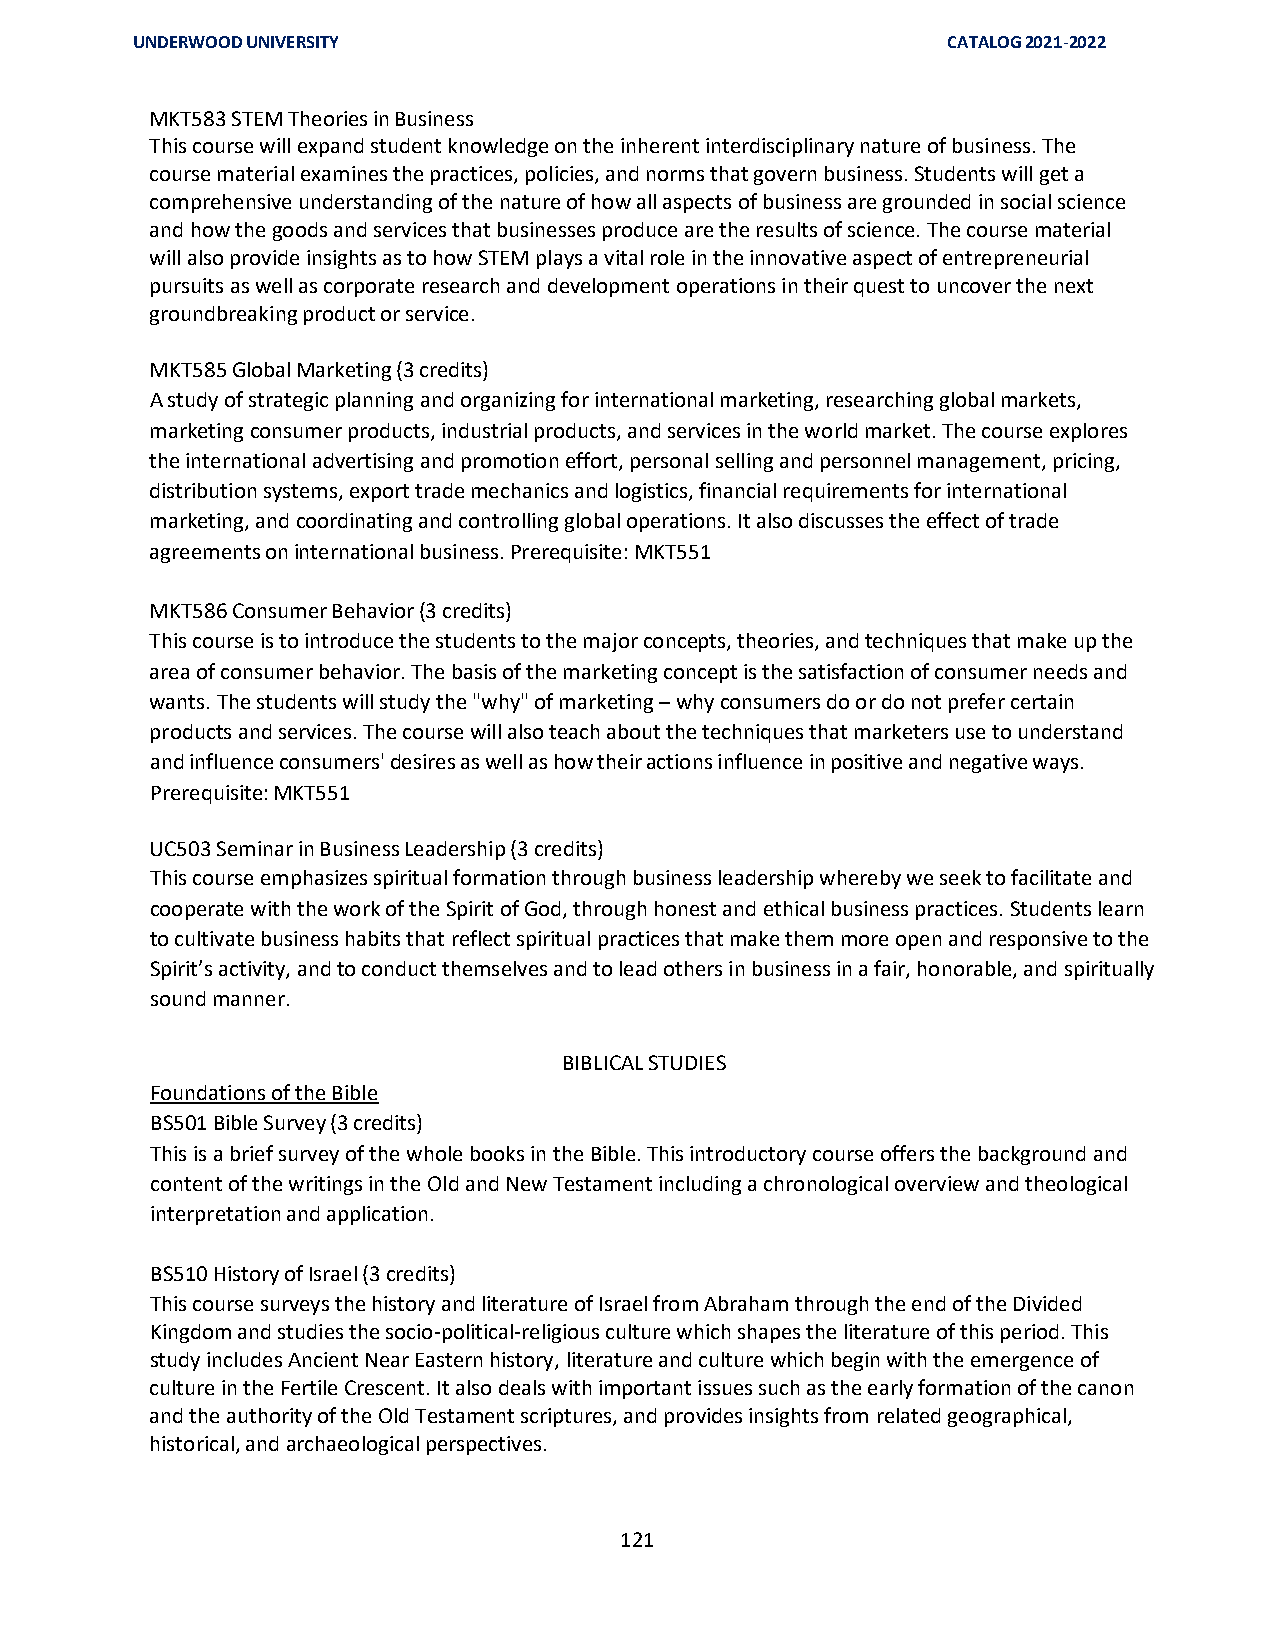
UNDERWOOD UNIVERSITY                                  CATALOG 2021-2022
 MKT583 STEM Theories in Business
 This course will expand student knowledge on the inherent interdisciplinary nature of business. The
 course material examines the practices, policies, and norms that govern business. Students will get a
 comprehensive understanding of the nature of how all aspects of business are grounded in social science
 and how the goods and services that businesses produce are the results of science. The course material
 will also provide insights as to how STEM plays a vital role in the innovative aspect of entrepreneurial
 pursuits as well as corporate research and development operations in their quest to uncover the next
 groundbreaking product or service.
 MKT585 Global Marketing (3 credits)
 A study of strategic planning and organizing for international marketing, researching global markets,
 marketing consumer products, industrial products, and services in the world market. The course explores
 the international advertising and promotion effort, personal selling and personnel management, pricing,
 distribution systems, export trade mechanics and logistics, financial requirements for international
 marketing, and coordinating and controlling global operations. It also discusses the effect of trade
 agreements on international business. Prerequisite: MKT551
 MKT586 Consumer Behavior (3 credits)
 This course is to introduce the students to the major concepts, theories, and techniques that make up the
 area of consumer behavior. The basis of the marketing concept is the satisfaction of consumer needs and
 wants. The students will study the "why" of marketing – why consumers do or do not prefer certain
 products and services. The course will also teach about the techniques that marketers use to understand
 and influence consumers' desires as well as how their actions influence in positive and negative ways.
 Prerequisite: MKT551
 UC503 Seminar in Business Leadership (3 credits)
 This course emphasizes spiritual formation through business leadership whereby we seek to facilitate and
 cooperate with the work of the Spirit of God, through honest and ethical business practices. Students learn
 to cultivate business habits that reflect spiritual practices that make them more open and responsive to the
 Spirit’s activity, and to conduct themselves and to lead others in business in a fair, honorable, and spiritually
 sound manner.
 BIBLICAL STUDIES
 Foundations of the Bible
 BS501 Bible Survey (3 credits)
 This is a brief survey of the whole books in the Bible. This introductory course offers the background and
 content of the writings in the Old and New Testament including a chronological overview and theological
 interpretation and application.
 BS510 History of Israel (3 credits)
 This course surveys the history and literature of Israel from Abraham through the end of the Divided
 Kingdom and studies the socio-political-religious culture which shapes the literature of this period. This
 study includes Ancient Near Eastern history, literature and culture which begin with the emergence of
 culture in the Fertile Crescent. It also deals with important issues such as the early formation of the canon
 and the authority of the Old Testament scriptures, and provides insights from related geographical,
 historical, and archaeological perspectives.
 121